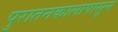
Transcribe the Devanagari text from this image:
पुरातनकालापासून